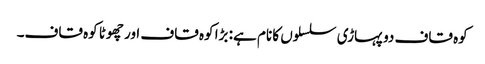
کوہ قاف دو پہاڑی سلسلوں کا نام ہے: بڑا کوہ قاف اور چھوٹا کوہ قاف۔